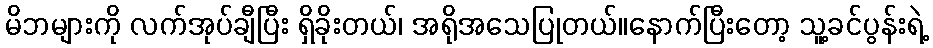
မိဘများကို လက်အုပ်ချီပြီး ရှိခိုးတယ်၊ အရိုအသေပြုတယ်။နောက်ပြီးတော့ သူ့ခင်ပွန်းရဲ့